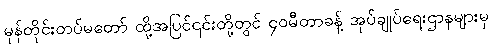
မုန်တိုင်းတပ်မတော် ထို့အပြင်၎င်းတို့တွင် ၄၀မီတာခန့် အုပ်ချုပ်ရေးဌာနများမှ